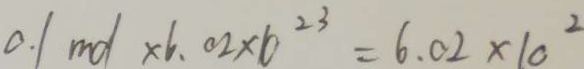
0 . 1 m d \times 6 . 0 2 \times 1 0 ^ { 2 3 } = 6 . 0 2 \times 1 0 ^ { 2 }